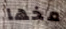
مخها